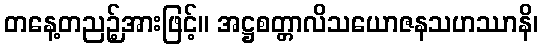
တနေ့တညဉ့်အားဖြင့်။ အဋ္ဌစတ္တာလိသယောဇနသဟဿာနိ၊